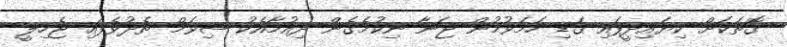
ގޮތަކަށް ކިޔައިދީފައި ގަޑި ހަމަވުމުން ޖަނާ ނިކުމެގެން ދިއުމާއެކު ޝިވަމް ތެދުވެފައި ޖެހިލީ